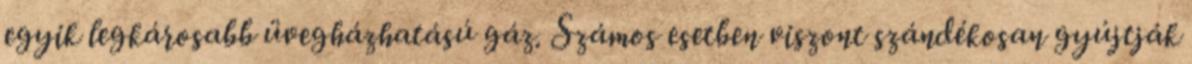
egyik legkárosabb üvegházhatású gáz. Számos esetben viszont szándékosan gyújtják